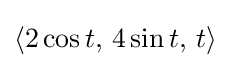
\langle 2\cos t,\,4\sin t,\,t\rangle